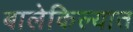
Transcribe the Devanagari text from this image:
बालेकिल्यात